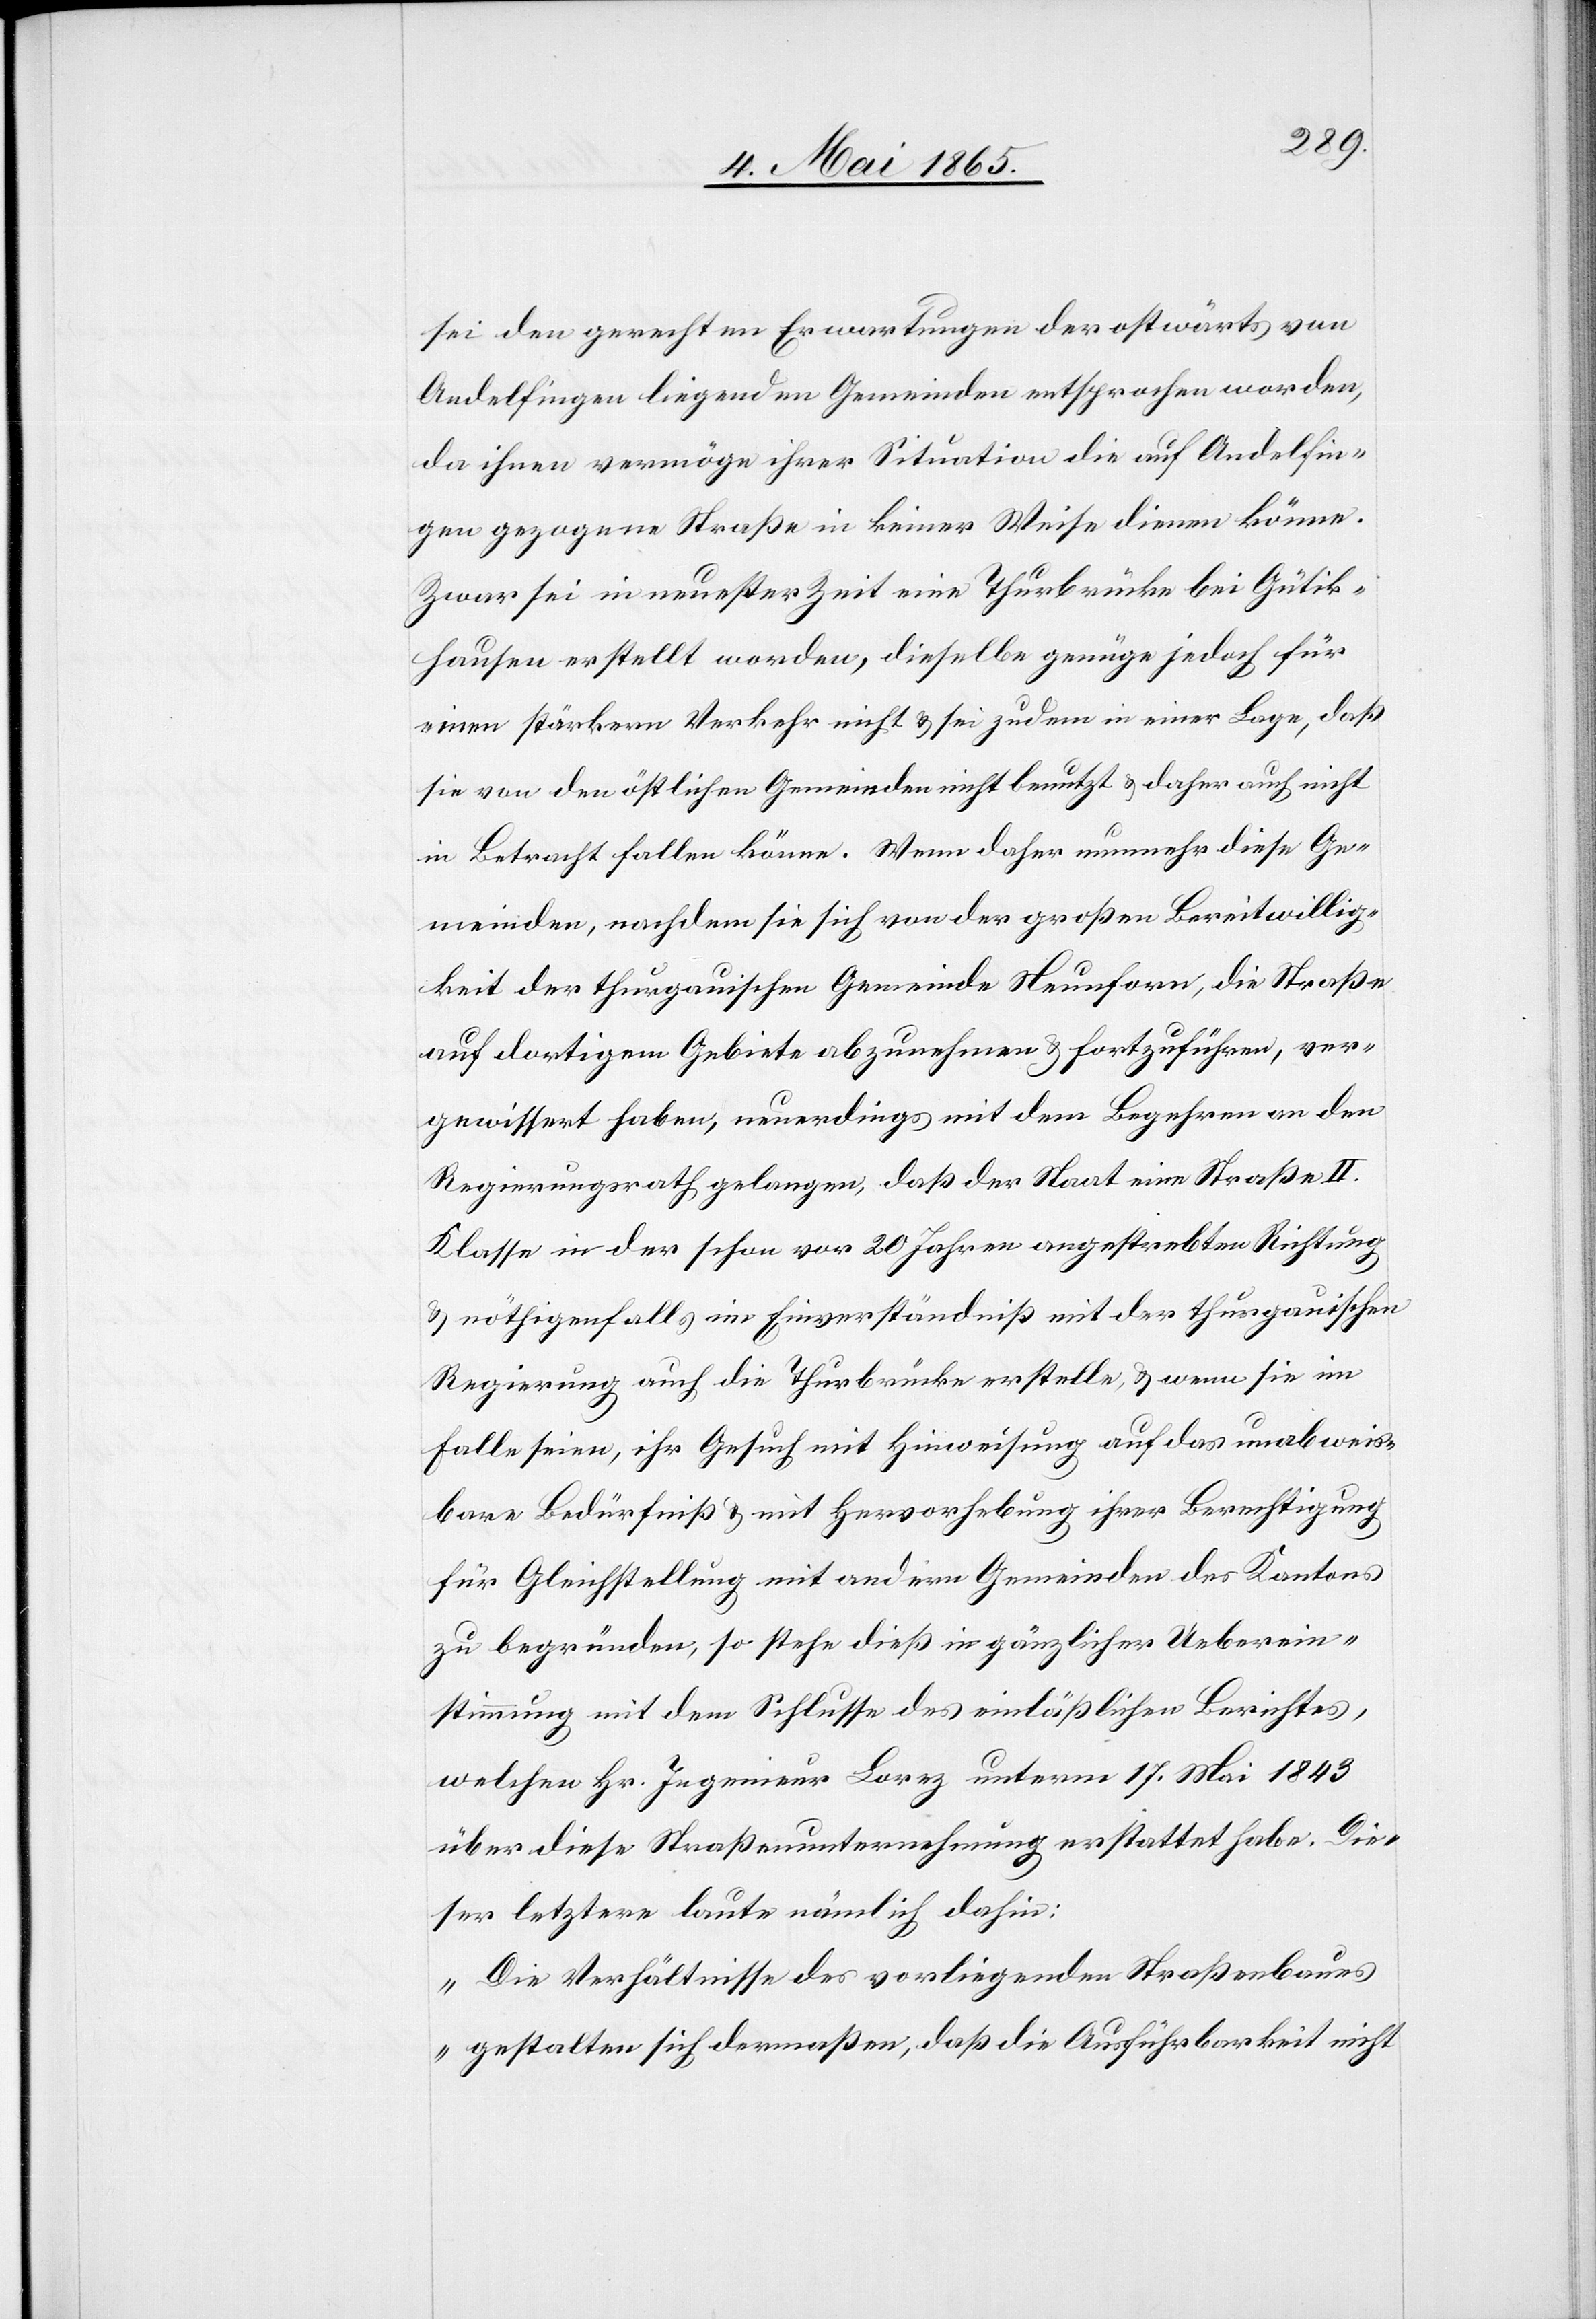
sei den gerechten Erwartungen der ostwärts von
Andelfingen liegenden Gemeinden entsprochen worden,
da ihnen vermöge ihrer Situation die auf Andelfin¬
gen gezogene Straße in keiner Weise dienen könne.
Zwar sei in neuster Zeit eine Thurbrücke bei Gütik¬
hausen erstellt worden, dieselbe genüge jedoch für
einen stärkern Verkehr nicht & sei zudem in einer Lage, daß
sie von den östlichen Gemeinden nicht benutzt & daher auch nicht
in Betracht fallen könne. Wenn daher nunmehr diese Ge¬
meinden, nachdem sie sich von der großen Bereitwillig¬
keit der thurgauischen Gemeinde Neunforn, die Straße
auf dortigem Gebiete abzunehmen & fortzuführen, ver¬
gewissert haben, neuerdings mit dem Begehren an den
Regierungsrath gelangen, daß der Staat eine Straße II.
Klasse in der schon vor 20 Jahren angestrebten Richtung
& nöthigenfalls im Einverständniß mit der thurgauischen
Regierung auch die Thurbrücke erstelle, & wenn sie im
Falle seien, ihr Gesuch mit Hinweisung auf das unabweis¬
bare Bedürfniß & mit Hervorhebung ihrer Berechtigung
für Gleichstellung mit andern Gemeinden des Kantons
zu begründen, so stehe dieß in gänzlicher Ueberein¬
stimmung mit dem Schlusse des einläßlichen Berichtes,
welchen Hr. Ingenieur Lorez unterm 17. Mai 1843
über diese Straßenunternehmung erstattet habe. Die¬
ser letztere laute nämlich dahin:
„Die Verhältnisse des vorliegenden Straßenbaues
gestalten sich dermaßen, daß die Ausführbarkeit nicht